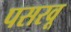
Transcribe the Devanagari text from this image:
पसरवू